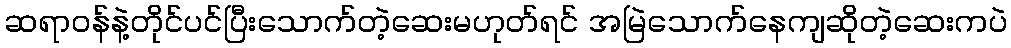
ဆရာဝန်နဲ့တိုင်ပင်ပြီးသောက်တဲ့ဆေးမဟုတ်ရင် အမြဲသောက်နေကျဆိုတဲ့ဆေးကပဲ